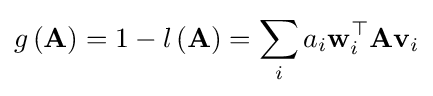
g\left(\mathbf {A} \right)=1-l\left(\mathbf {A} \right)=\sum _{i}a_{i}\mathbf {w} _{i}^{\top }\mathbf {A} \mathbf {v} _{i}